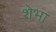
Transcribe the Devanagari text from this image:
शेभा